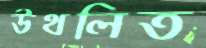
উথলিত